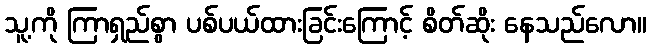
သူ့ကို ကြာရှည်စွာ ပစ်ပယ်ထားခြင်းကြောင့် စိတ်ဆိုး နေသည်လော။